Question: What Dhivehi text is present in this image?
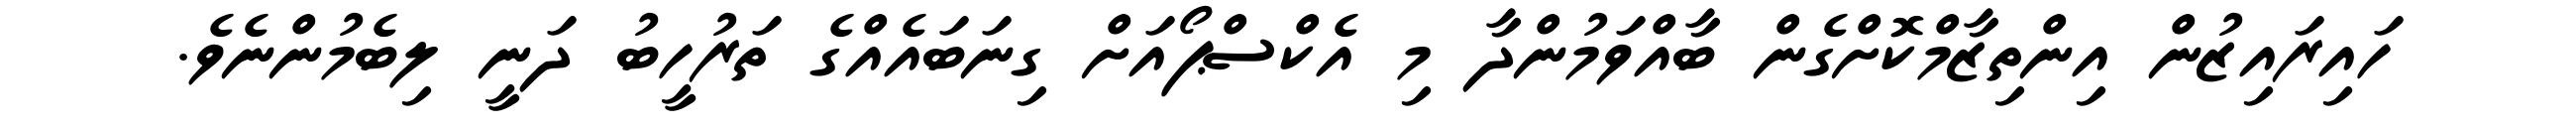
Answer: ހައިރައިޒުން އިންތިޒާމްކޮށްގެން ބާއްވަމުންދާ މި އެކްސްޕޯއަށް ގިނަބައެއްގެ ތަރުހީބު ދަނީ ލިބެމުންނެވެ.